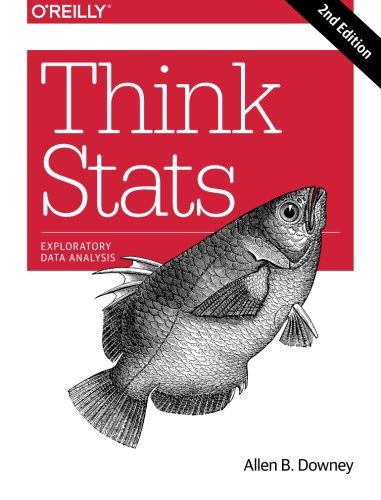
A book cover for Think Stats; Allen B. Downey; Computers & Technology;